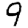
Digit: 9